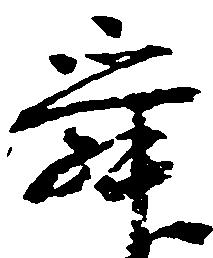
舜